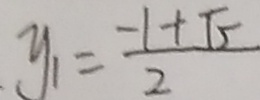
y _ { 1 } = \frac { - 1 + \sqrt { 5 } } { 2 }